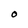
Character: O